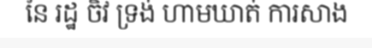
នៃ រដ្ឋ ចិវ ទ្រង់ ហាមឃាត់ ការសាង